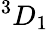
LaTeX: ^{3}{D}_{1}